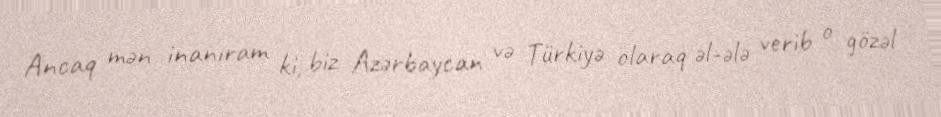
Ancaq mən inanıram ki, biz Azərbaycan və Türkiyə olaraq əl-ələ verib o gözəl